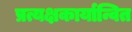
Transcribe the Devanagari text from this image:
प्रत्यक्षकार्यान्वित